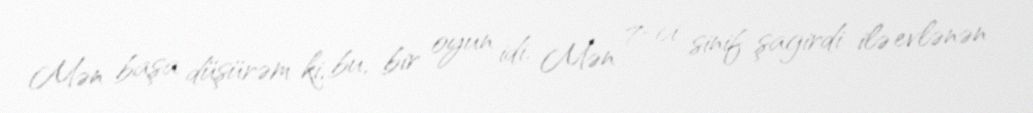
Mən başa düşürəm ki, bu, bir oyun idi. Mən 7-ci sinif şagirdi ilə evlənən